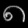
Digit: ၈